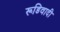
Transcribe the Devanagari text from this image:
रूडिवादी